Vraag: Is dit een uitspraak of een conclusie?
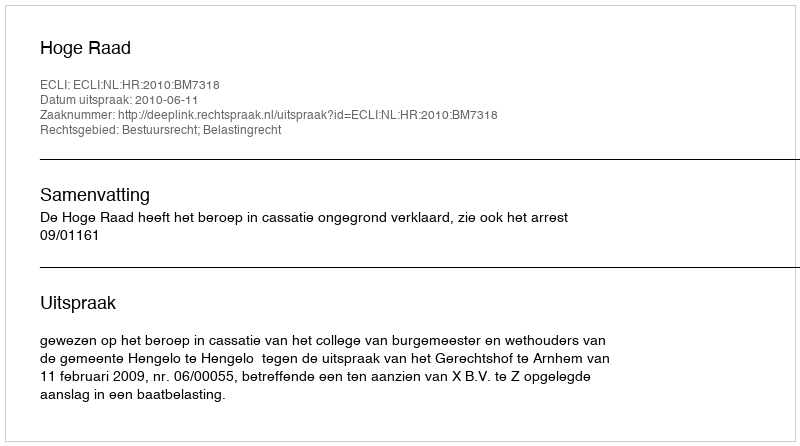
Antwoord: Uitspraak